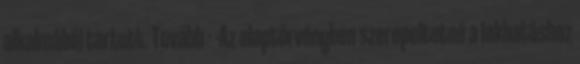
alkalmából tartott. Tovább › ›Az alaptörvényben szerepeltetné a lakhatáshoz